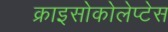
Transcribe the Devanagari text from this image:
क्राइसोकोलेप्टेस